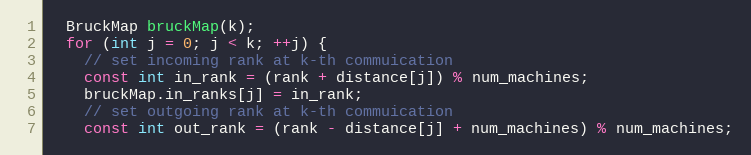
Language: C++
  BruckMap bruckMap(k);
  for (int j = 0; j < k; ++j) {
    // set incoming rank at k-th commuication
    const int in_rank = (rank + distance[j]) % num_machines;
    bruckMap.in_ranks[j] = in_rank;
    // set outgoing rank at k-th commuication
    const int out_rank = (rank - distance[j] + num_machines) % num_machines;